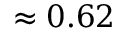
\approx 0 . 6 2